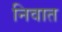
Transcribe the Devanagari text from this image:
निवात